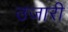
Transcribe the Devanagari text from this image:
उजारी